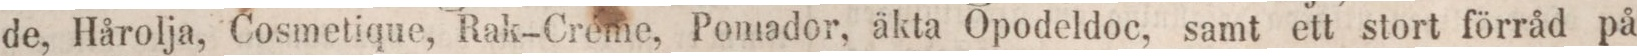
de, Hårolja, Cosmetique, Rak-Créme, Pomador, äkta Opodeldoc, samt ett stort förråd på